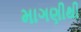
માગણીથી